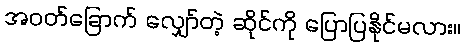
အဝတ်ခြောက် လျှော်တဲ့ ဆိုင်ကို ပြောပြနိုင်မလား။